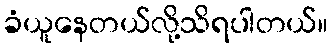
ခံယူနေတယ်လို့သိရပါတယ်။